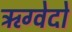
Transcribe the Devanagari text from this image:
ऋग्वेदो